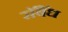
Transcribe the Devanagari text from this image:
सॅँबॅध